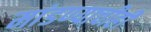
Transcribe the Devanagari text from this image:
मांडण्याचीही